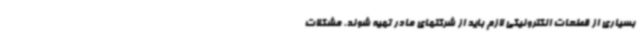
بسیاری از قطعات الکترونیکی لازم باید از شرکتهای مادر تهیه شوند. مشکلات